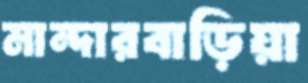
মান্দারবাড়িয়া